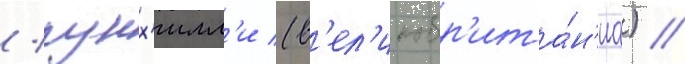
/ гунх'илл'и (в'ел'икобр'ита́н'иа) //